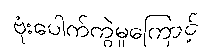
ဗုံးပေါက်ကွဲမှုကြောင့်